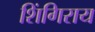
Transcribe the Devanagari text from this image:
शिंगिराय